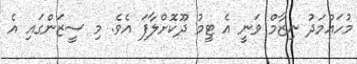
މުހައްމަދު ނިޒާމް ވަނީ އެ ޓީމު ދޫކޮށްލާފަ އެވެ. މި ސީޒަންގައި އެ